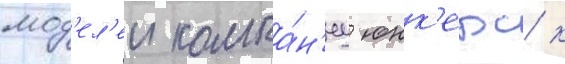
мод'ел'еи компа́н'иу юнк'ерс к